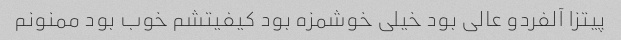
پیتزا آلفردو عالی بود خیلی خوشمزه بود کیفیتشم خوب بود ممنونم